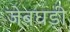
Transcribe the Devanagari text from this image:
जेबघड़ी